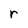
Character: r